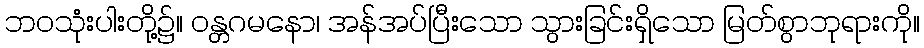
ဘဝသုံးပါးတို့၌။ ဝန္တဂမနော၊ အန်အပ်ပြီးသော သွားခြင်းရှိသော မြတ်စွာဘုရားကို။